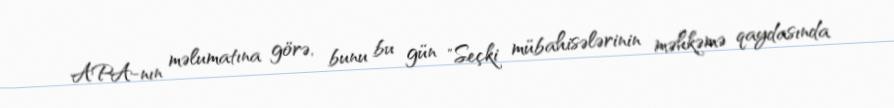
APA-nın məlumatına görə, bunu bu gün "Seçki mübahisələrinin məhkəmə qaydasında